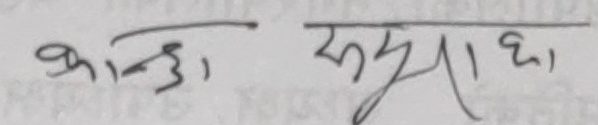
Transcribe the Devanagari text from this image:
कान्छु, रम्य छ,